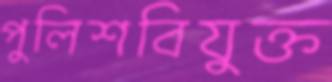
পুলিশবিযুক্ত